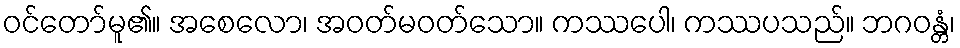
ဝင်တော်မူ၏။ အစေလော၊ အဝတ်မဝတ်သော။ ကဿပေါ၊ ကဿပသည်။ ဘဂဝန္တံ၊